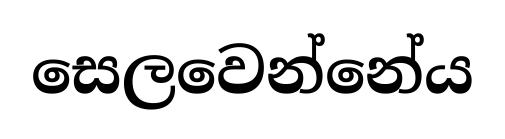
සෙලවෙන්නේය